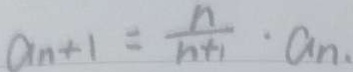
a _ { n + 1 } = \frac { n } { n + 1 } \cdot a _ { n } .